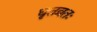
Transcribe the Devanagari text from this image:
धृतव्रतः